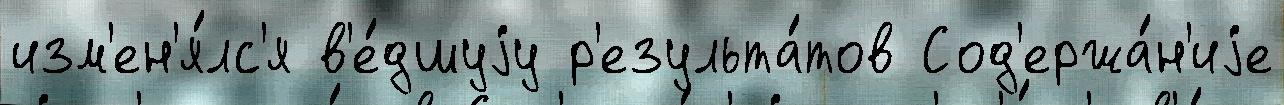
изм'ен'я́лс'я в'е́дшуjу р'езульта́тов Сод'ержа́н'иjе